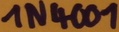
Text: 1N4001